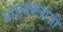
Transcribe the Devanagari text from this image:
याज्ञवक्ल्यजी